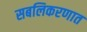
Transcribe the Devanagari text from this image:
सबलिकरणात